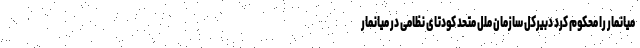
میانمار را محکوم کرد دبیرکل سازمان ملل متحد کودتای نظامی در میانمار